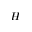
H